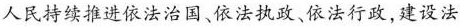
人民持续推进依法治国、依法执政、依法行政，建设法